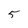
Character: 5